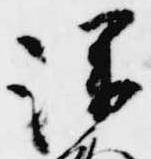
深